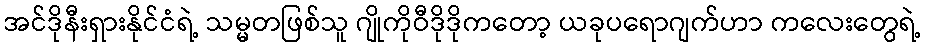
အင်ဒိုနီးရှားနိုင်ငံရဲ့ သမ္မတဖြစ်သူ ဂျိုကိုဝီဒိုဒိုကတော့ ယခုပရောဂျက်ဟာ ကလေးတွေရဲ့